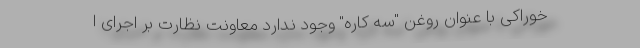
خوراکی با عنوان روغن "سه کاره" وجود ندارد معاونت نظارت بر اجرای ا